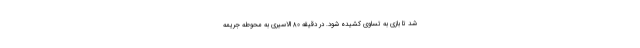
شد تا بازی به تساوی کشیده شود. در دقیقه ۸۰ الاسیری به محوطه جریمه